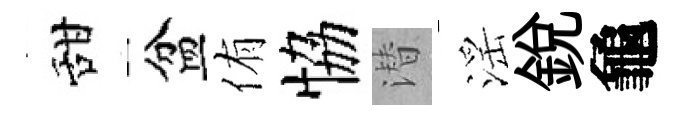
甜盆侑恊潜滛銳龜